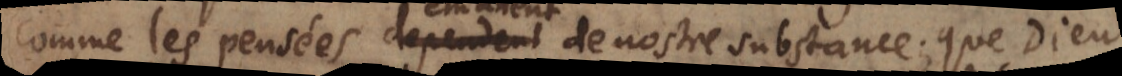
comme les pensées dependent de nostre substance; que Dieu